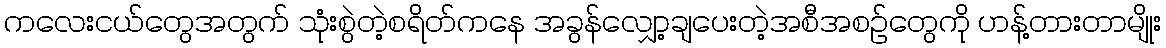
ကလေးငယ်တွေအတွက် သုံးစွဲတဲ့စရိတ်ကနေ အခွန်လျှော့ချပေးတဲ့အစီအစဉ်တွေကို ဟန့်တားတာမျိုး